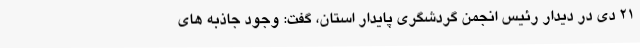
21 دی در دیدار رئیس انجمن گردشگری پایدار استان، گفت: وجود جاذبه های